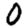
Digit: 0